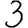
Digit: 3